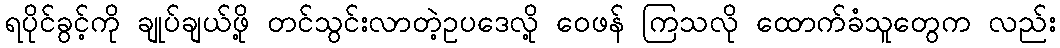
ရပိုင်ခွင့်ကို ချုပ်ချယ်ဖို့ တင်သွင်းလာတဲ့ဥပဒေလို့ ဝေဖန် ကြသလို ထောက်ခံသူတွေက လည်း